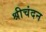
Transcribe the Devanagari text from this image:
श्रीचंदन